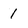
Character: 1